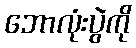
ဘောလုံးပွဲကို